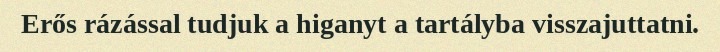
Erős rázással tudjuk a higanyt a tartályba visszajuttatni.